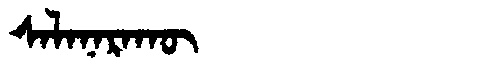
Manchu: ᠰᠠᠯᠠᠨᠠᡵᠠᡴᡡ
Romanization: SALANARAKŪ